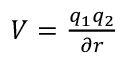
\begin{array} { r } { V = \frac { q _ { 1 } q _ { 2 } } { \partial r } } \end{array}